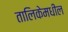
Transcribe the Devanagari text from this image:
तालिकेमधील